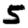
Digit: 5